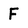
Character: F